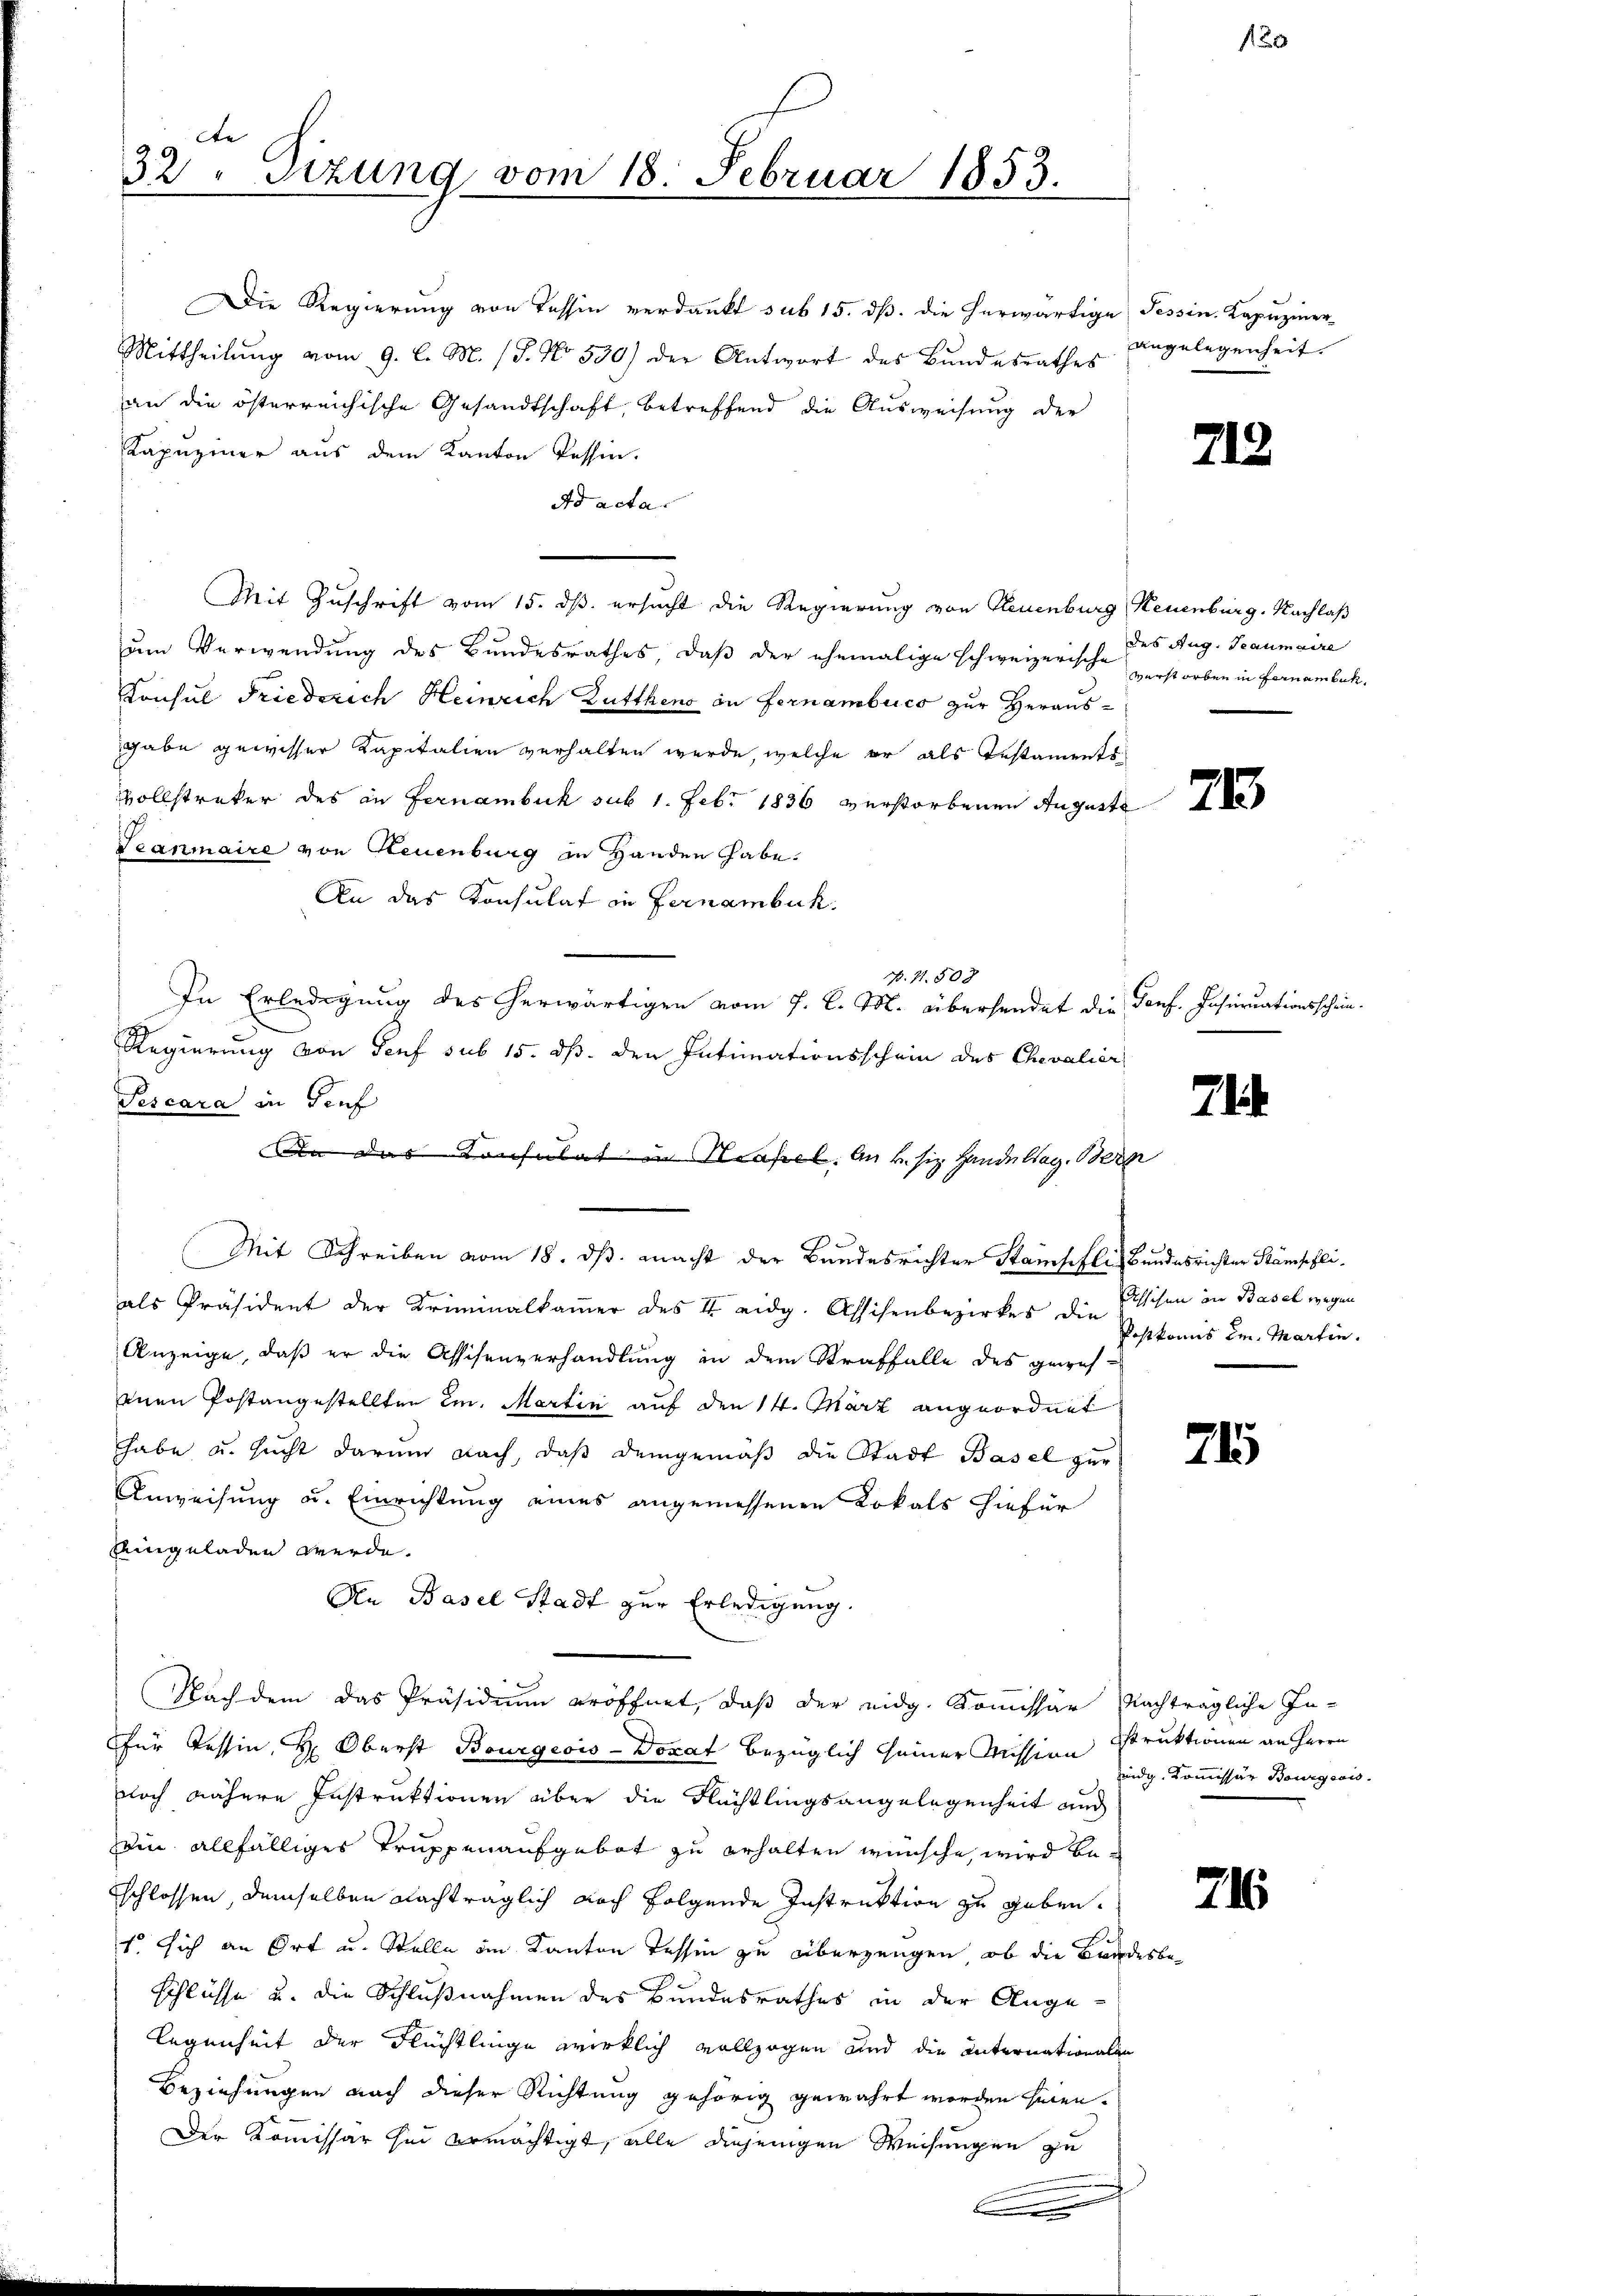
32sizung vom 18. Februar 1853.

Die Regierung von Tessin verdankt sub 15. dß. die herwärtige Tessin. Kapuziner
Mittheilŭng vom 9. l. M. (T. No. 530) der Antwort des Bundesrathes
an die österreichische Gesandtschaft, betreffend die Ausweisung der
Kapuziner aus dem Kanton Tessin.
Ad acta.
Mit Zuschrift vom 15. dß. ersucht die Regierung von Neuenburg, Neuenburg. Nachlaß
um Verwendung des Bundesrathes, daß der ehemalige schweizerische verstorben in Fernambeck.
Konsul Friedsrich Heinrich Gutthens in Fernambucs zur Heraus-
gabe gewisser Kapitalien verhalten werde, welche er als Testaments
Vollstreker des in Fernambuch sub 1. Febr 1836 verstorbenen August
Teanmaire von Neuenburg in Handen habe.
An das Konsulat in Fernambuck.
B. 71. 508
Pescara in Genf
Mit Schreiben vom 18. ds. macht der Bundesrichter Stampfli, Bundesrichter Stämpflials Präsident der Kriminalkammer des II eidg. Assisenbezirkes den Erschen in Basel wegen
Anzeige, daß er die Assisenverhandlung in dem Straffalle des gewichenen Postangestellten um. Martin auf den 14. März angeordnet
habe u. sucht darum nach, daβ demgemäβ die Stadt Basel zur
Anweisung u. Einrichtung eines angemessenen Lokals hiefür
eingeladen werde.
An Basel Stadt zur Erledigung.
Nach dem das Präsidium eröffnet, daß der eidg. Kommissär Nachträgliche In-
für Tessin, H. Oberst Bourgeois-Doxat bezüglich seiner Mission Struktionen an Herrn
noch nähere Instruktionen über die Flächtlingsangelegenheit auc
in allfälliges Truppenaufgebot zu erhalten wünsche, wird beschlossen, demselben nachträglich noch folgende Instruktion zu geben.
1 sich an Ort u. Stelle im Kanton Tessin zu überzeugen, ob die Bandesbe¬
Schlüsse u. die Schlußnahmen des Bundesrathes in der Auge
legenheit der Flüchtlinge wirklich vollzogen und die Internationalen
Beziehungen nach dieser Richtung gehörig gewährt worden seien.
Der Kommissar zu ermächtigt, alle diejenigen Weisungen zu
.

In Erledigung des herwärtigen vom 7. d. M. übersendet die Tonf. Insuruationsschein¬
Regierung von Genf sub 15. dß. den Intimationsschein des Chevalier
Da das Konsulat in Hasel. An u. sie Handeltag, Bern

1.

angelegenheit.

712

des Aug. Traumaire

7

Postkomis im Martin.

21

idg. Kommissär Bourgeois.

716